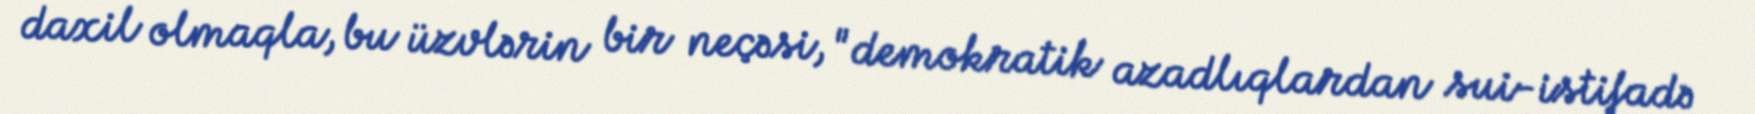
daxil olmaqla, bu üzvlərin bir neçəsi, "demokratik azadlıqlardan sui-istifadə